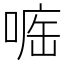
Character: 𠷄